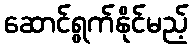
ဆောင်ရွက်နိုင်မည့်